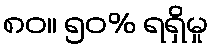
၈၀။ ၅၀% ရရှိမှု